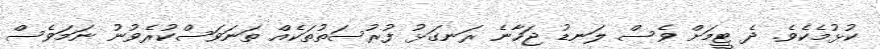
ކުޅުމެކެވެ. ދެ ޓީމަށް ވެސް ލަނޑު ޖަހާނެ ރަނގަޅު ފުރުސަތުތަކެއް ތަނަވަސްކުރެވުނު ނަމަވެސް